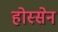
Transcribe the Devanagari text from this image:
होस्सेन